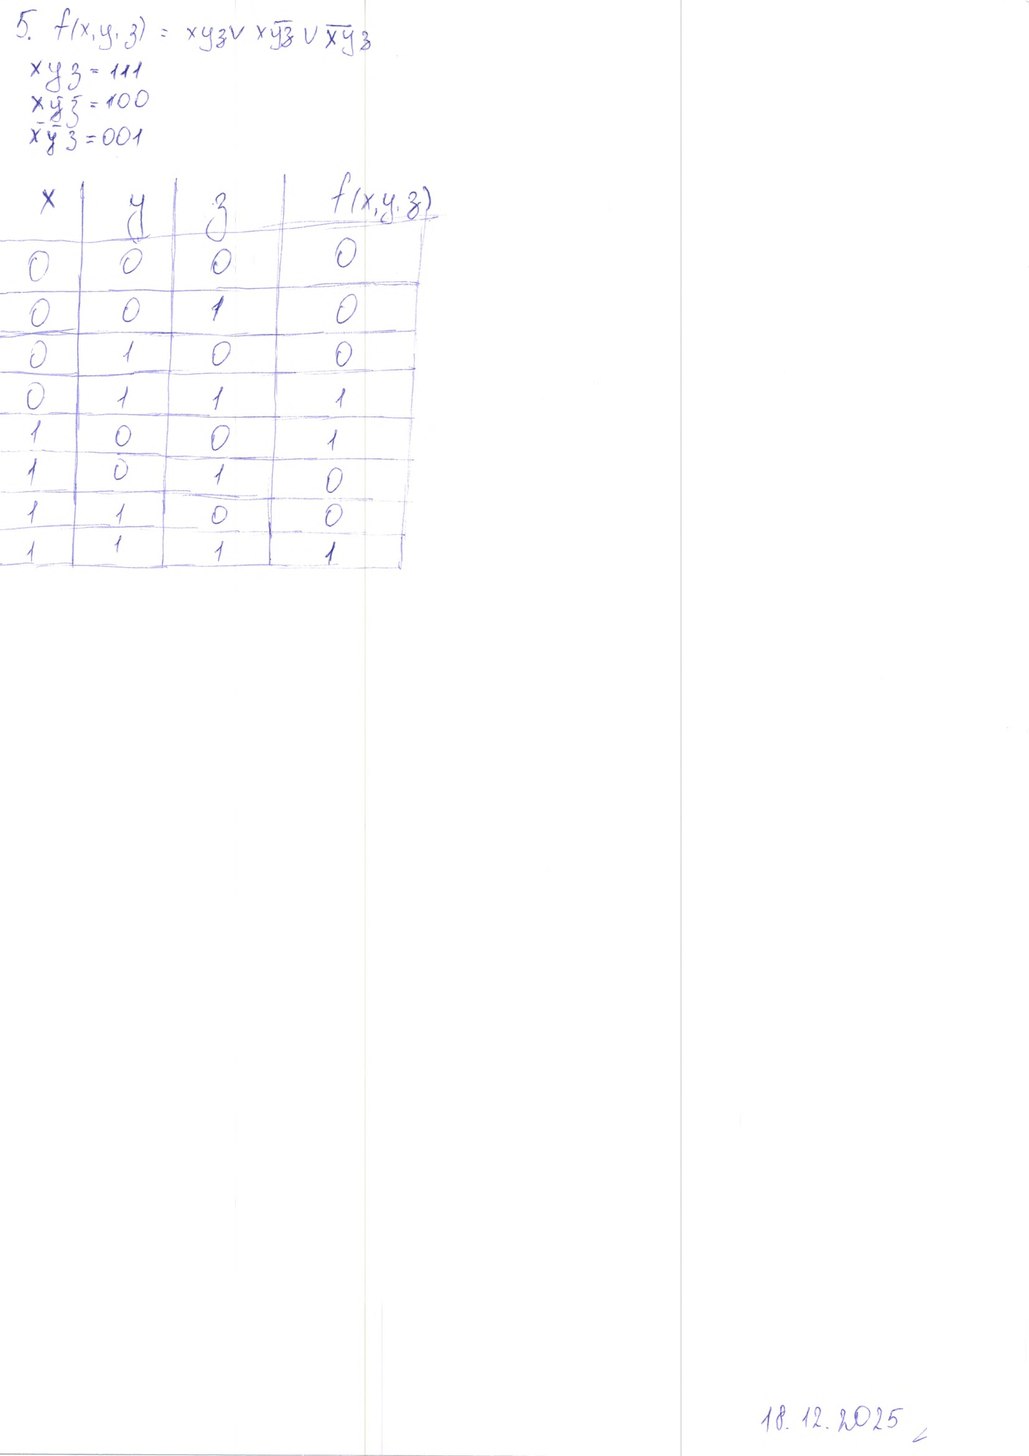
5. f(x, y, з) = xyз ∨ xȳз ∨ xȳз
x y з = 1 1 1
x ȳ з = 100
x ȳ з = 001
x|y|з|f(x,y,з)
0|0|0|0
0|0|1|0
0|1|0|0
0|1|1|1
1|0|0|1
1|0|1|0
1|1|0|0
1|1|1|1
18.12.2025